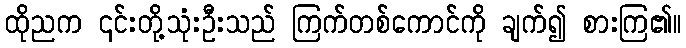
ထိုညက ၎င်းတို့သုံးဦးသည် ကြက်တစ်ကောင်ကို ချက်၍ စားကြ၏။